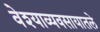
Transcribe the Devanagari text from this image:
वेश्याव्यवसायातले